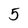
Character: 5